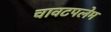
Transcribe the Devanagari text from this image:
चावटपलेम